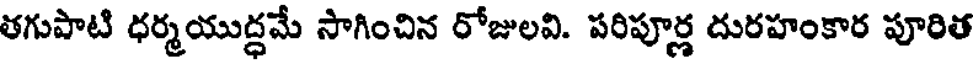
తగుపాటి ధర్మయుద్ధమే సాగించిన రోజులవి. పరిపూర్ణ దురహంకార పూరిత